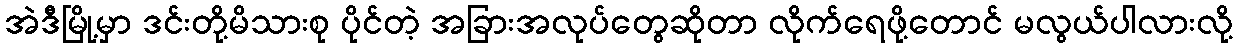
အဲဒီမြို့မှာ ဒင်းတို့မိသားစု ပိုင်တဲ့ အခြားအလုပ်တွေဆိုတာ လိုက်ရေဖို့တောင် မလွယ်ပါလားလို့